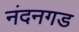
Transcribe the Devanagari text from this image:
नंदनगड